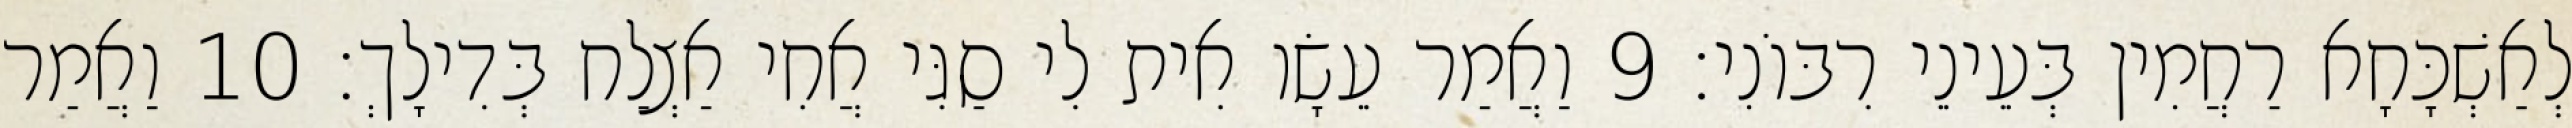
לְאַשְׁכָּחָא רַחֲמִין בְּעֵינֵי רִבּוֹנִי׃ 9 וַאֲמַר עֵשָׂו אִית לִי סַגִּי אֲחִי אַצְלַח בְּדִילָךְ׃ 10 וַאֲמַר